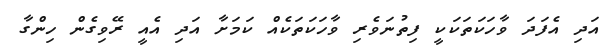
އަދި އެފަދަ ވާހަކަތަކަކީ ފިތުނަވެރި ވާހަކަތަކެއް ކަމަށާ އަދި އެއީ ރޭވިގެން ހިންގާ